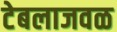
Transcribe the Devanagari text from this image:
टेबलाजवळ